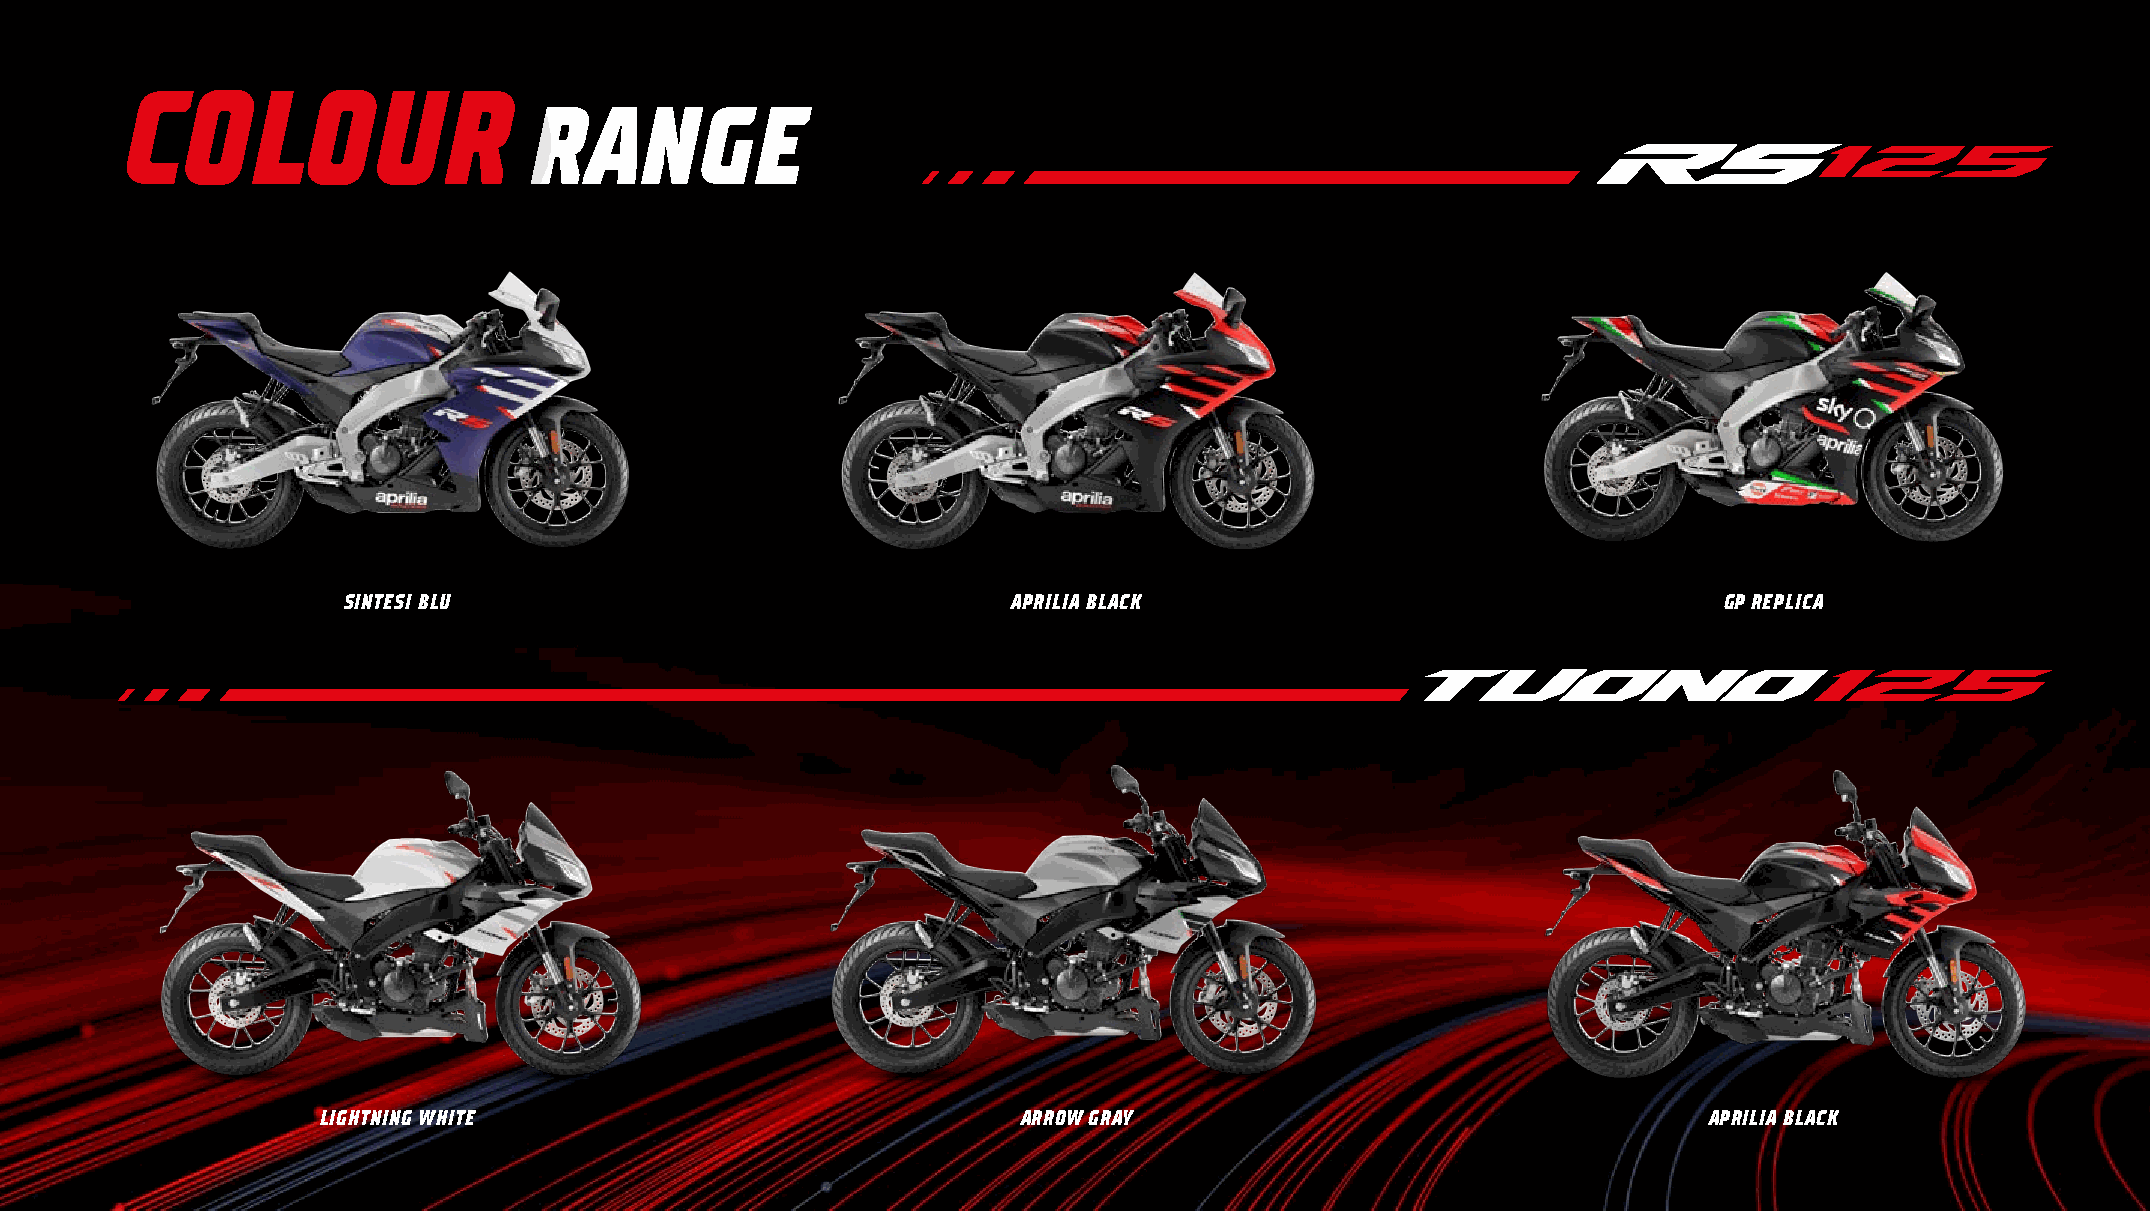
COLOUR
 RANGE
 SINTESI BLU                                 APRILIA BLACK                                  GP REPLICA
 LIGHTNING WHITE                                ARROW GRAY                                   APRILIA BLACK